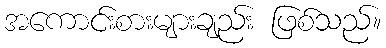
အကောင်းစားများချည်း ဖြစ်သည်။